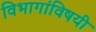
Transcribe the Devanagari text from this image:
विभागांविषयी